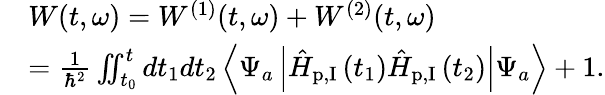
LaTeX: \begin{array}{rl}&{W(t,\omega)=W^{(1)}(t,\omega)+W^{(2)}(t,\omega)}\\ &{=\frac{1}{\hbar^{2}}\iint_{t_{0}}^{t}dt_{1}dt_{2}\left\langle\Psi_{a}\left|\hat{H}_{\textrm{p,I}}\left(t_{1}\right)\hat{H}_{\textrm{p,I}}\left(t_{2}\right)\right|\Psi_{a}\right\rangle+1.}\end{array}